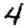
Digit: 4